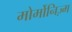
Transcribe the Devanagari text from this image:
मोर्मोनिज्‍़म